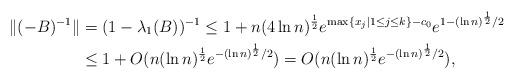
LaTeX: \begin{align*}\|( -B)^{-1}\|&=(1-\lambda_1(B))^{-1}\leq 1+n(4\ln n)^{\frac{1}{2}}e^{\max\{x_j|1\leq j\leq k\}-c_0}e^{1-(\ln n)^{\frac{1}{2}}/2}\\ &\leq 1+O(n(\ln n)^{\frac{1}{2}}e^{-(\ln n)^{\frac{1}{2}}/2})=O(n(\ln n)^{\frac{1}{2}}e^{-(\ln n)^{\frac{1}{2}}/2}),\end{align*}